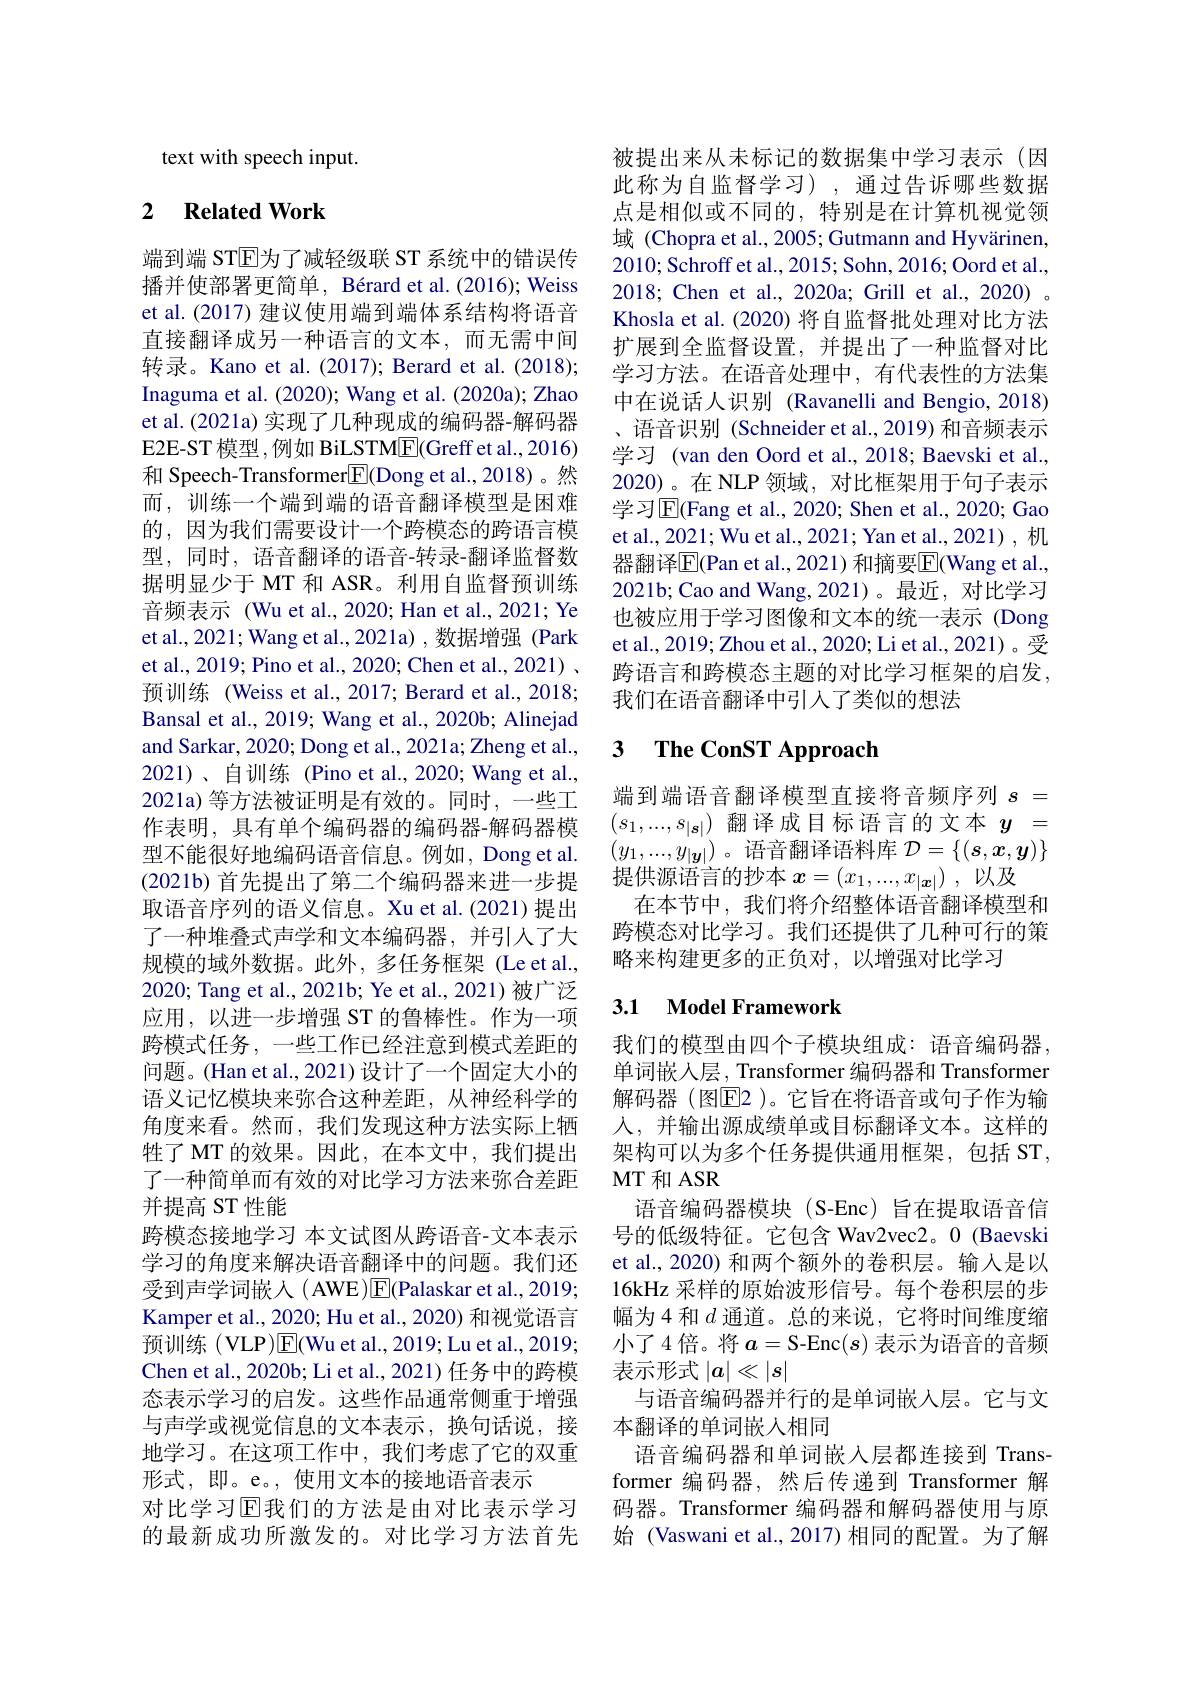
text with speech input.

# 2 $\textbf{Related Work}$

端到端 ST$\overline{\mathrm{E}}$为了减轻级联 ST 系统中的错误传播并使部署更简单，Bérard et al.(2016); Weiss et al. (2017) 建议使用端到端体系结构将语音直接翻译成另一种语言的文本，而无需中间转录。Kano et al.(2017); Berard et al.(2018); Inaguma et al. (2020); Wang et al. (2020a); Zhao et al. (2021a) 实现了几种现成的编码器-解码器E2E-ST 模型，例如 BiLSTM$\underline{\mathrm{E}}($Greff et al.,2016) 和 Speech-Transformer$\boxed{\mathrm{F}}($Dong et al.,2018)。然而，训练一个端到端的语音翻译模型是困难的，因为我们需要设计一个跨模态的跨语言模型，同时，语音翻译的语音-转录-翻译监督数据明显少于 MT 和 ASR。利用自监督预训练音频表示 (Wu et al., 2020; Han et al., 2021; Ye et al., 2021; Wang et al., 2021a) ,数据增强 (Park et al., 2019; Pino et al., 2020; Chen et al., 2021) . 预训练 (Weiss et al., 2017; Berard et al., 2018; Bansal et al., 2019; Wang et al., 2020b; Alinejad and Sarkar, 2020; Dong et al., 2021a; Zheng et al., 2021)、自训练 (Pino et al.,2020; Wang et al., 2021a) 等方法被证明是有效的。同时，一些工作表明，具有单个编码器的编码器-解码器模型不能很好地编码语音信息。例如，Dong et al. $(2021b)$首先提出了第二个编码器来进一步提取语音序列的语义信息。Xu et al.(2021)提出了一种堆叠式声学和文本编码器，并引入了大规模的域外数据。此外，多任务框架 (Le et al., 2020; Tang et al., 2021b; Ye et al., 2021)被广泛应用，以进一步增强 ST 的鲁棒性。作为一项跨模式任务，一些工作已经注意到模式差距的问题。(Han et al., 2021) 设计了一个固定大小的语义记忆模块来弥合这种差距，从神经科学的角度来看。然而，我们发现这种方法实际上牺牲了 MT 的效果。因此，在本文中，我们提出了一种简单而有效的对比学习方法来弥合差距并提高 ST 性能
跨模态接地学习 本文试图从跨语音-文本表示学习的角度来解决语音翻译中的问题。我们还受到声学词嵌入(AWE)E(Palaskar et al.,2019; Kamper et al., 2020; Hu et al., 2020) 和视觉语言预训练 (VLP)$\boxed{\mathrm{F}}($Wu et al., 2019; Lu et al., 2019; Chen et al., 2020b; Li et al., 2021) 任务中的跨模态表示学习的启发。这些作品通常侧重于增强与声学或视觉信息的文本表示，换句话说，接地学习。在这项工作中，我们考虑了它的双重形式，即。e。,使用文本的接地语音表示
对比学习回我们的方法是由对比表示学习的最新成功所激发的。对比学习方法首先

被提出来从未标记的数据集中学习表示(因此称为自监督学习),通过告诉哪些数据点是相似或不同的，特别是在计算机视觉领域 (Chopra et al., 2005; Gutmann and Hyvärinen, 2010; Schroff et al., 2015; Sohn, 2016; Oord et al., 2018; Chen et al., 2020a; Grill et al., 2020) 。Khosla et al. (2020) 将自监督批处理对比方法扩展到全监督设置，并提出了一种监督对比学习方法。在语音处理中，有代表性的方法集中在说话人识别 (Ravanelli and Bengio, 2018) 、语音识别 (Schneider et al.,2019) 和音频表示学习 (van den Oord et al., 2018; Baevski et al., 2020)。在 NLP 领域，对比框架用于句子表示学习$\overline{\mathrm{E}}($Fang et al., 2020; Shen et al., 2020; Gao et al., 2021; Wu et al., 2021; Yan et al., 2021) , 机器翻译$\overline{\mathrm{E}}($Pan et al., 2021) 和摘要$\overline{\mathrm{E}}($Wang et al., 2021b;Cao and Wang,2021)。最近，对比学习也被应用于学习图像和文本的统一表示 (Dong et al., 2019; Zhou et al., 2020; Li et al., 2021)。受跨语言和跨模态主题的对比学习框架的启发， 我们在语音翻译中引人了类似的想法

# 3 $\textbf{The ConST Approach}$

端到端语音翻译模型直接将音频序列$s=$ $(s_1,...,s_{|\boldsymbol{s}|})$翻译成目标语言的文本$y=$ $(y_1,...,y_{|\boldsymbol{y}|})$。语音翻译语料库$\mathcal{D}=\{(\boldsymbol{s},\boldsymbol{x},\boldsymbol{y})\}$ 提供源语言的抄本$x= ( x_1, . . . , x_{| \boldsymbol{x}| })$ ,以及
在本节中，我们将介绍整体语音翻译模型和跨模态对比学习。我们还提供了几种可行的策略来构建更多的正负对，以增强对比学习

## 3.1 Model Framework

我们的模型由四个子模块组成：语音编码器单词嵌入层，Transformer 编码器和 Transformer 解码器(图$\overline{\mathrm{E}}$2)。它旨在将语音或句子作为输人，并输出源成绩单或目标翻译文本。这样的架构可以为多个任务提供通用框架，包括 ST, MT 和 ASR
语音编码器模块(S-Enc)旨在提取语音信号的低级特征。它包含 Wav2vec2。0 (Baevski et al., 2020) 和两个额外的卷积层。输入是以16kHz 采样的原始波形信号。每个卷积层的步幅为4 和$d$通道。总的来说，它将时间维度缩小了4倍。将$a=$S-Enc$(s)$ 表示为语音的音频表示形式$|a|\ll|s|$
与语音编码器并行的是单词嵌入层。它与文
本翻译的单词嵌人相同
语音编码器和单词嵌入层都连接到 Transformer 编码器，然后传递到 Transformer 解码器。Transformer 编码器和解码器使用与原始 (Vaswani et al.,2017) 相同的配置。为了解